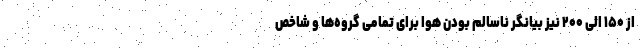
از ۱۵۰ الی ۲۰۰ نیز بیانگر ناسالم بودن هوا برای تمامی گروه‌ها و شاخص